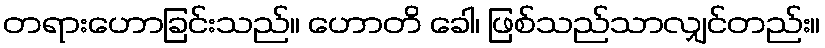
တရားဟောခြင်းသည်။ ဟောတိ ခေါ၊ ဖြစ်သည်သာလျှင်တည်း။